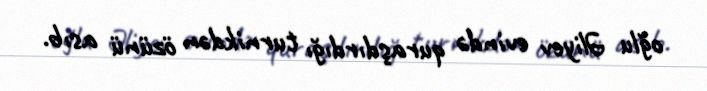
oğlu Əliyev evində quraşdırdığı turnikdən özünü asıb.